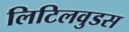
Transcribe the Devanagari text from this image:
लिटिलवुडस